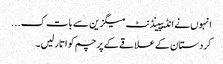
انہوں نے انڈیپینڈنٹ میگزین سے بات ک ...
کردستان کے علاقے کے پرچم کو اتار لیں۔